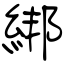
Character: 綁